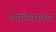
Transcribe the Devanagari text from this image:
उपशिखरांच्या